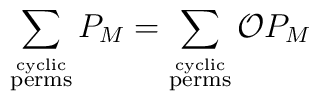
\sum_{\stackrel{\rm{cyclic}}{\rm{perms}}} P_{M} =\sum_{\stackrel{\rm{cyclic}}{\rm{perms}}} \mathcal{O} P_{M}